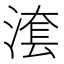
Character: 𣺮